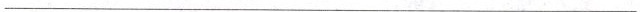
___